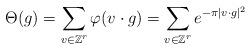
LaTeX: \begin{align*}\Theta(g)=\sum_{v\in \mathbb{Z}^r}\varphi(v\cdot g)=\sum_{v\in \mathbb{Z}^r}e^{-\pi|v\cdot g|^2}\end{align*}